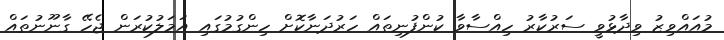
މުއައްވިޒު ވިދާޅުވީ ސަރުކާރު ހިއްސާވާ ކުންފުނިތައް ހަރުދަނާކޮށް ހިންގުމުގައި އަމަލުކުރަން ޖެހޭ ގާނޫނުތައް